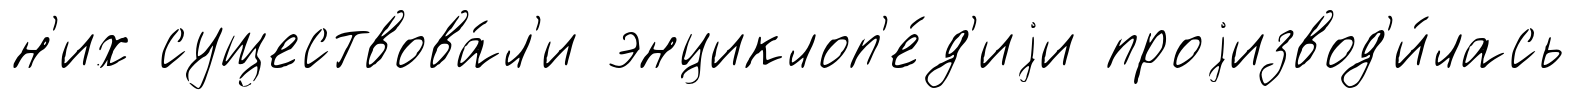
н'их существова́л'и энциклоп'е́д'иjи проjизвод'и́лась